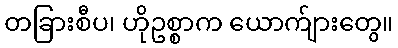
တခြားစီပ၊ ဟိုဥစ္စာက ယောက်ျားတွေ။